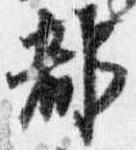
都